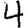
Digit: 4